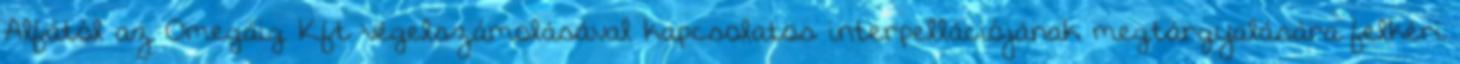
Alfától az Omegáig Kft végelszámolásával kapcsolatos interpellációjának megtárgyalására felkéri